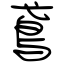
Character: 鳶